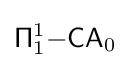
{\mathsf {\Pi }}_{1}^{1}{\mathsf {-CA}}_{0}